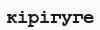
кірігуге